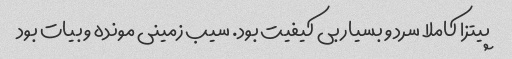
پیتزا کاملا سرد و بسیار بی کیفیت بود. سیب زمینی مونده و بیات بود